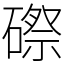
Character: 磜